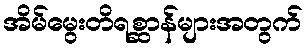
အိမ်မွေးတိရစ္ဆာန်များအတွက်